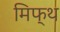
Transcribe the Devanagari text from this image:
मिफ्थ